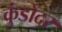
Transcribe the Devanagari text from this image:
कुंडोदर